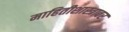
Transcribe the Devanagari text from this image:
माहितीशास्त्रावर